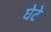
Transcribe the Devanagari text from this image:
घेटे